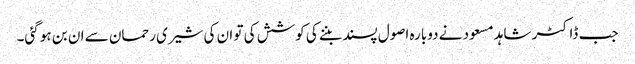
جب ڈاکٹر شاہد مسعود نے دوبارہ اصول پسند بننے کی کوشش کی تو ان کی شیری رحمان سے ان بن ہو گئی۔